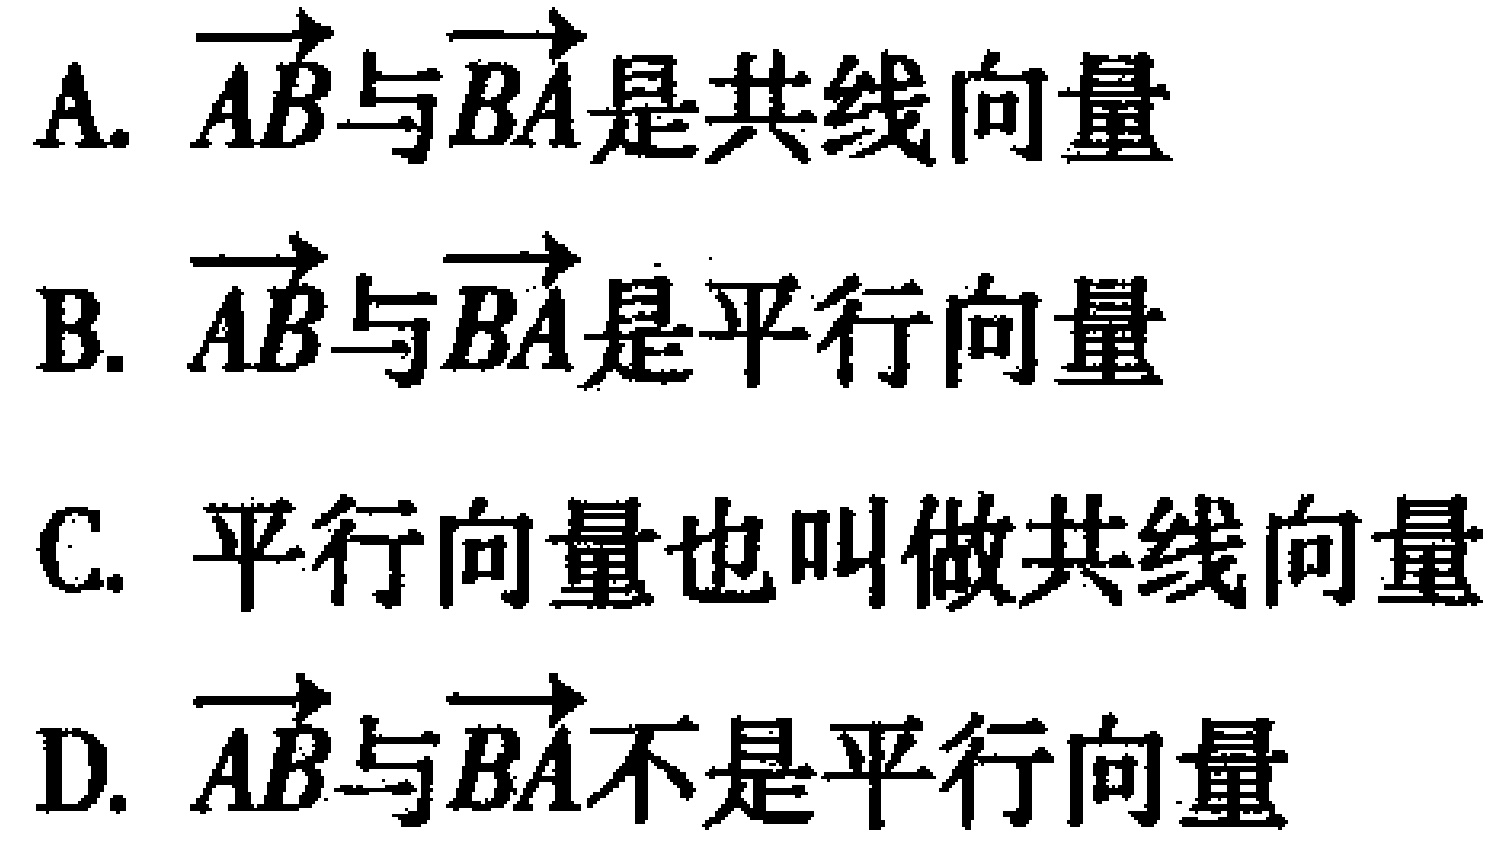
A. $\overrightarrow{AB}$与$\overrightarrow{BA}$是共线向量
B. $\overrightarrow{AB}$与$\overrightarrow{BA}$是平行向量
C. 平行向量也叫做共线向量
D. $\overrightarrow{AB}$与$\overrightarrow{BA}$不是平行向量